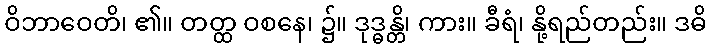
ဝိဘာဝေတိ၊ ၏။ တတ္ထ ဝစနေ၊ ၌။ ဒုဒ္ဓန္တိ၊ ကား။ ခီရံ၊ နို့ရည်တည်း။ ဒဓိ